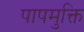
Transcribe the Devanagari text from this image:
पापमुक्ति